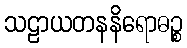
သဠာယတနနိရောဓဉ္စ